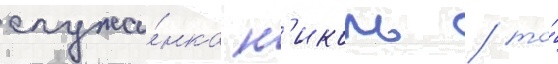
служа́нка н'иколь / то́